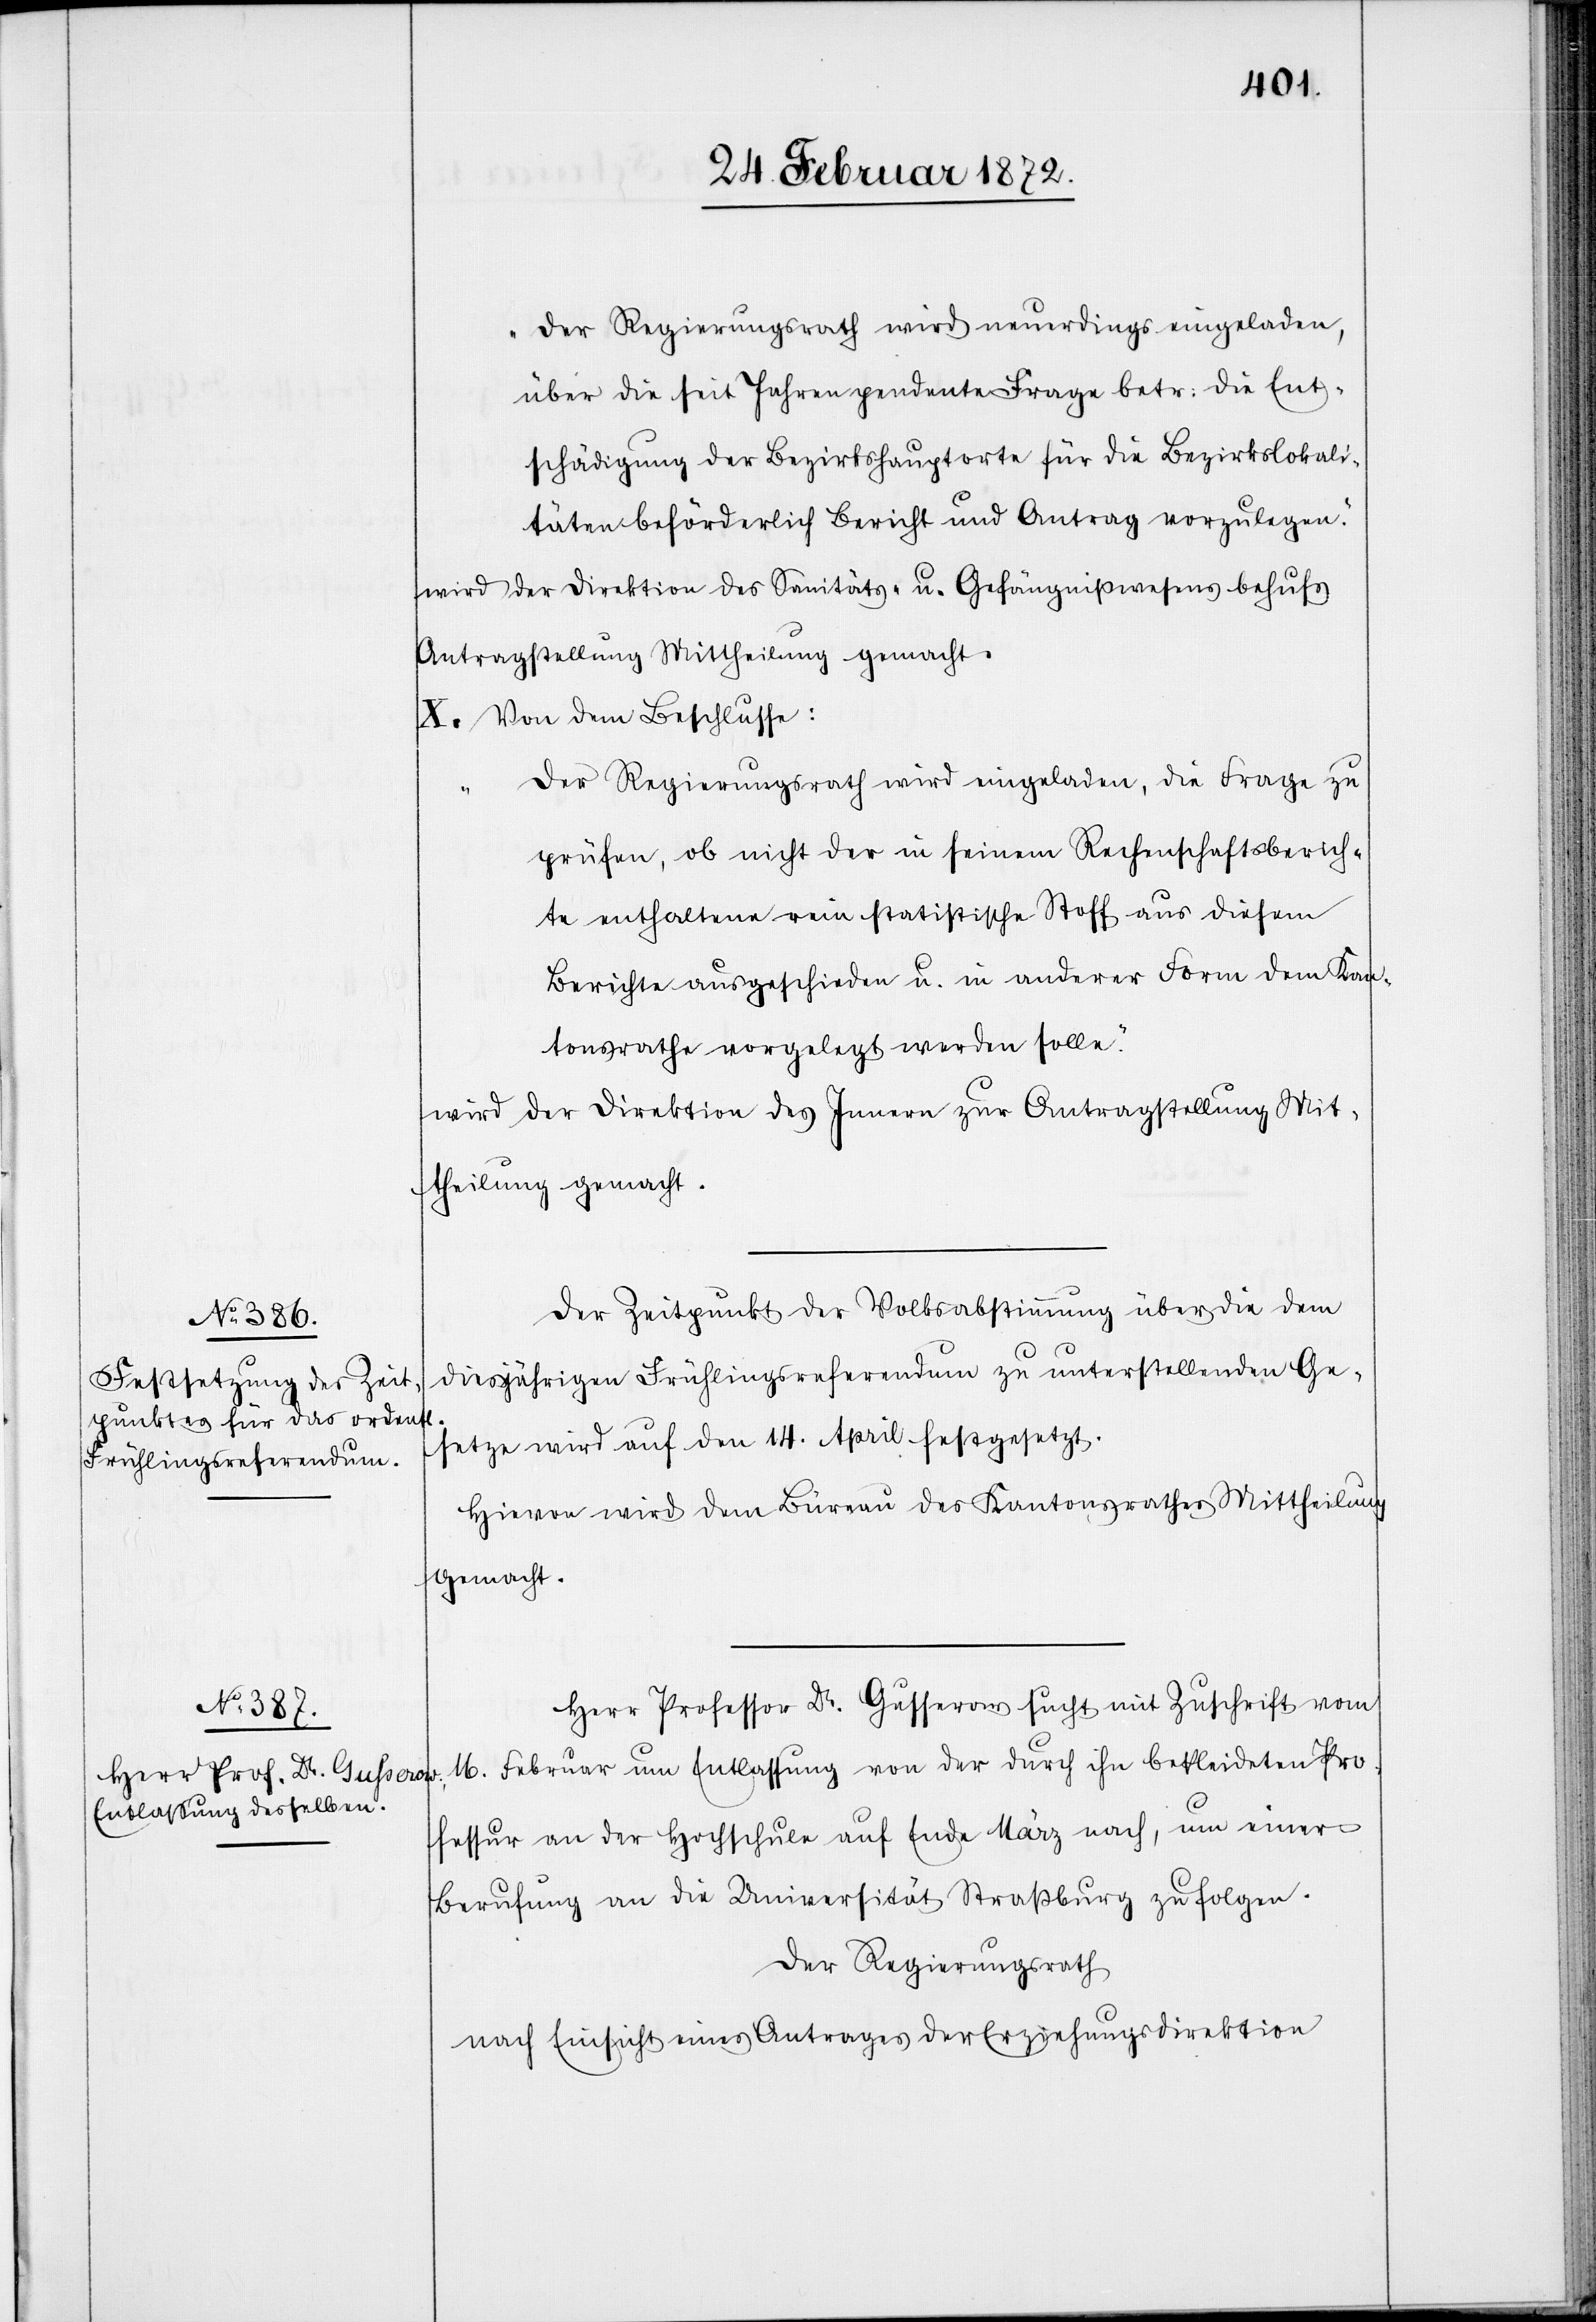
„Der Regierungsrath wird neuerdings eingeladen,
über die seit Jahren pendente Frage betr. die Ent¬
schädigung der Bezirkshauptorte für die Bezirkslokali¬
täten beförderlich Bericht und Antrag vorzulegen.“
wird der Direktion des Sanitäts- u. Gefängnißwesens behufs
Antragstellung Mittheilung gemacht.
X. Von dem Beschlusse:
„Der Regierungsrath wird eingeladen, die Frage zu
prüfen, ob nicht der in seinem Rechenschaftsberich¬
te enthaltene rein statistische Stoff aus diesem
Berichte ausgeschieden u. in anderer Form dem Kan¬
tonsrathe vorgelegt werden solle.“
wird der Direktion des Innern zur Antragstellung Mit¬
theilung gemacht.
Der Zeitpunkt der Volksabstimmung über die dem
diesjährigen Frühlingsreferendum zu unterstellenden Ge¬
setze wird auf den 14. April festgesetzt.
Hievon wird dem Büreau des Kantonsrathes Mittheilung
gemacht.
Herr Professor Dr. Gusserow sucht mit Zuschrift vom
16. Februar um Entlassung von der durch ihn bekleideten Pro¬
fessur an der Hochschule auf Ende März nach, um einer
Berufung an die Universität Straßburg zu folgen.
Der Regierungsrath
nach Einsicht eines Antrages der Erziehungsdirektion